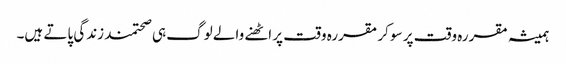
ہمیشہ مقررہ وقت پر سو کر مقررہ وقت پر اٹھنے والے لوگ ہی صحتمند زندگی پاتے ہیں۔